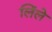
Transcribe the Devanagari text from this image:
लिंले